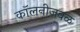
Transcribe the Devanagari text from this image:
कॉलनीजवळ